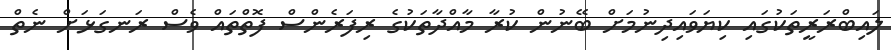
ލައިބްރަރީތަކުގައި ކިޔަވައިދިނުމަށް ބޭނުން ކުރާ މާއްދާތަކުގެ ރިފަރެންސް ފޮތްތައް ވެސް ރަނގަޅަށް ނެތް